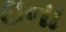
ઇના